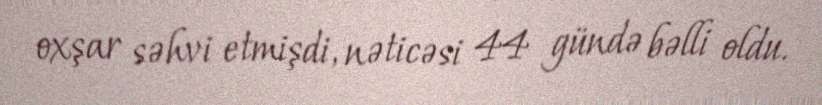
oxşar səhvi etmişdi, nəticəsi 44 gündə bəlli oldu.